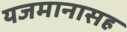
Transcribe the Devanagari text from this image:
यजमानासह